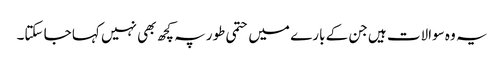
یہ وہ سوالات ہیں جن کے بارے میں حتمی طور پہ کچھ بھی نہیں کہا جا سکتا۔